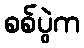
စစ်ပွဲက